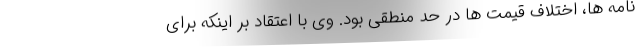
نامه ها، اختلاف قیمت ها در حد منطقی بود. وی با اعتقاد بر اینکه برای